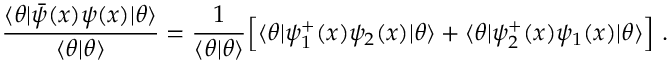
\frac { \langle \theta | \bar { \psi } ( x ) \psi ( x ) | \theta \rangle } { \langle \theta | \theta \rangle } = \frac { 1 } { \langle \theta | \theta \rangle } \Bigl [ \langle \theta | \psi _ { 1 } ^ { + } ( x ) \psi _ { 2 } ( x ) | \theta \rangle + \langle \theta | \psi _ { 2 } ^ { + } ( x ) \psi _ { 1 } ( x ) | \theta \rangle \Bigr ] \ .